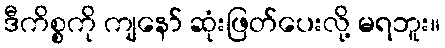
ဒီကိစ္စကို ကျနော် ဆုံးဖြတ်ပေးလို့ မရဘူး။